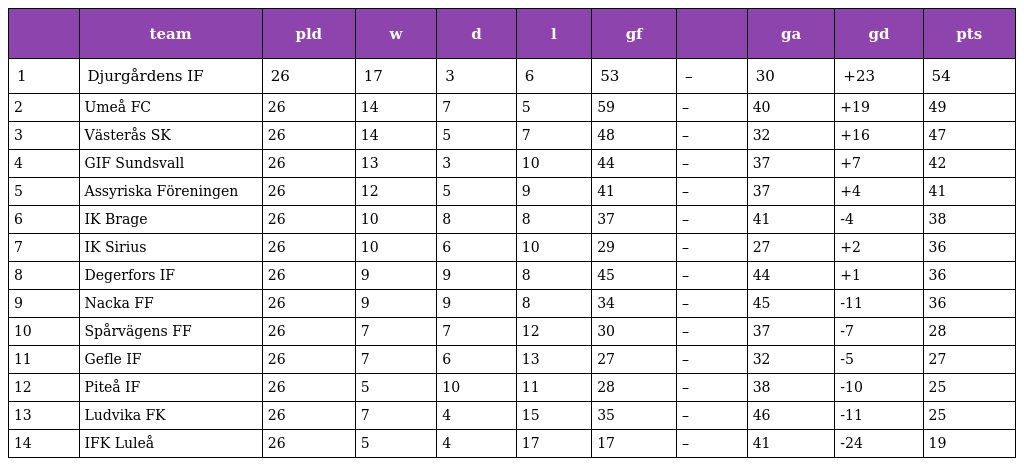
|  | team | pld | w | d | l | gf |  | ga | gd | pts |
 | --- | --- | --- | --- | --- | --- | --- | --- | --- | --- | --- |
 | 1 | Djurgårdens IF | 26 | 17 | 3 | 6 | 53 | – | 30 | +23 | 54 |
 | 2 | Umeå FC | 26 | 14 | 7 | 5 | 59 | – | 40 | +19 | 49 |
 | 3 | Västerås SK | 26 | 14 | 5 | 7 | 48 | – | 32 | +16 | 47 |
 | 4 | GIF Sundsvall | 26 | 13 | 3 | 10 | 44 | – | 37 | +7 | 42 |
 | 5 | Assyriska Föreningen | 26 | 12 | 5 | 9 | 41 | – | 37 | +4 | 41 |
 | 6 | IK Brage | 26 | 10 | 8 | 8 | 37 | – | 41 | -4 | 38 |
 | 7 | IK Sirius | 26 | 10 | 6 | 10 | 29 | – | 27 | +2 | 36 |
 | 8 | Degerfors IF | 26 | 9 | 9 | 8 | 45 | – | 44 | +1 | 36 |
 | 9 | Nacka FF | 26 | 9 | 9 | 8 | 34 | – | 45 | -11 | 36 |
 | 10 | Spårvägens FF | 26 | 7 | 7 | 12 | 30 | – | 37 | -7 | 28 |
 | 11 | Gefle IF | 26 | 7 | 6 | 13 | 27 | – | 32 | -5 | 27 |
 | 12 | Piteå IF | 26 | 5 | 10 | 11 | 28 | – | 38 | -10 | 25 |
 | 13 | Ludvika FK | 26 | 7 | 4 | 15 | 35 | – | 46 | -11 | 25 |
 | 14 | IFK Luleå | 26 | 5 | 4 | 17 | 17 | – | 41 | -24 | 19 |